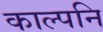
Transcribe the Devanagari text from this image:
काल्पनि